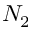
N _ { 2 }